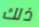
ذلك